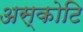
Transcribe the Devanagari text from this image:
अस्कोटि